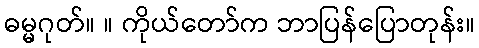
ဓမ္မဂုတ်။ ။ ကိုယ်တော်က ဘာပြန်ပြောတုန်း။